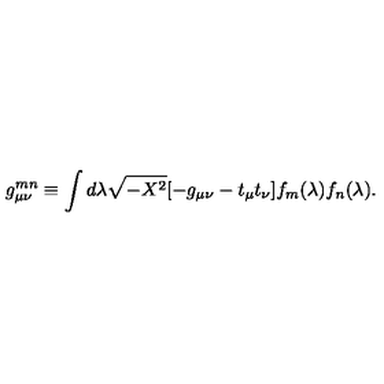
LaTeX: g _ { \mu \nu } ^ { m n } \equiv \int d \lambda \sqrt { - X ^ { 2 } } [ - g _ { \mu \nu } - t _ { \mu } t _ { \nu } ] f _ { m } ( \lambda ) f _ { n } ( \lambda ) .